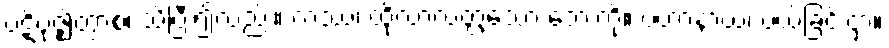
ပဋိဗုဇ္ဈိတွာစ၊ သိပြီး၍လည်း။ တဿ၊ ထိုလာလတ္တံ့သော ဘေးကို။ ပဟာနာယ၊ ပယ်ခြင်းငှာ။